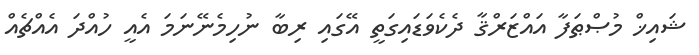
ޝައިޚް މުޞްޠަފާ އައްޒަރްޤާ ދެކެވަޑައިގަތީ އޭގައި ރިބާ ނުހިމެނޭނަމަ އެއީ ހުއްދަ އެއްޗެއް